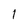
Character: 1